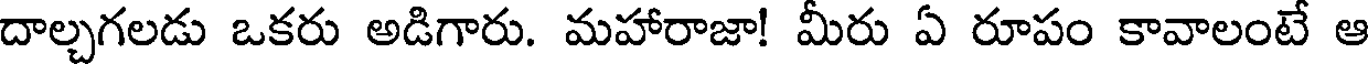
దాల్చగలడు ఒకరు అడిగారు. మహారాజా! మీరు ఏ రూపం కావాలంటే ఆ